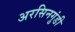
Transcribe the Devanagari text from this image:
अरसिनगुंडी